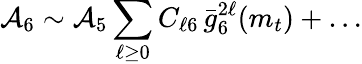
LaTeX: {\cal A}_{6}\sim{\cal A}_{5}\sum_{\ell\geq 0}C_{\ell 6}\, \bar{g}_{6}^{2\ell}(m_{t})+\ldots